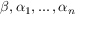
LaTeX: \beta , \alpha _ { 1 } , \ldots , \alpha _ { n }